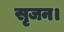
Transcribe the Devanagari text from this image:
सृजन।